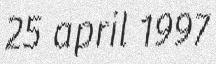
25 april 1997